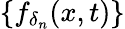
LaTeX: \{ f_{\delta_{n}}(x,t)\}